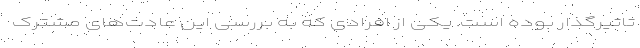
تاثیرگذار بوده است. یکی از افرادی که به بررسی این عادت‌های مشترک